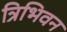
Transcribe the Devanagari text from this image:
त्रिभिवन